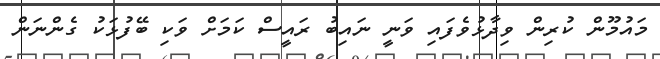
މައުމޫން ކުރިން ވިދާޅުވެފައި ވަނީ ނައިބު ރައީސް ކަމަށް ވަކި ބޭފުޅަކު ގެންނަން